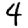
Digit: 4